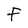
Character: F